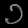
Digit: ၁